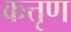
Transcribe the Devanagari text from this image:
कत्तृण